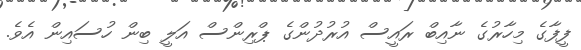
ފީފާގެ މިހާރުގެ ނާއިބް ރައީސް އުރުދުންގެ ޕްރިންސް އަލީ ބިން ހުސައިން އެވެ.